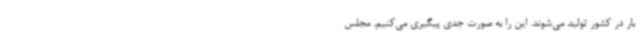
بار در کشور تولید می‌شوند. این را به صورت جدی پیگیری می‌کنیم. مجلس